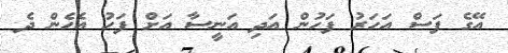
އޭގެ ފަސް އަހަރު ފަހުން އަދި އަނީސާ އަށް ފަހު އެހެން ދެ